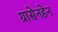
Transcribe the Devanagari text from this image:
ग्रासेनहेन